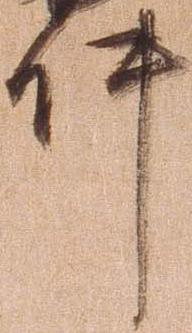
件